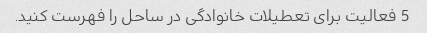
5 فعالیت برای تعطیلات خانوادگی در ساحل را فهرست کنید.